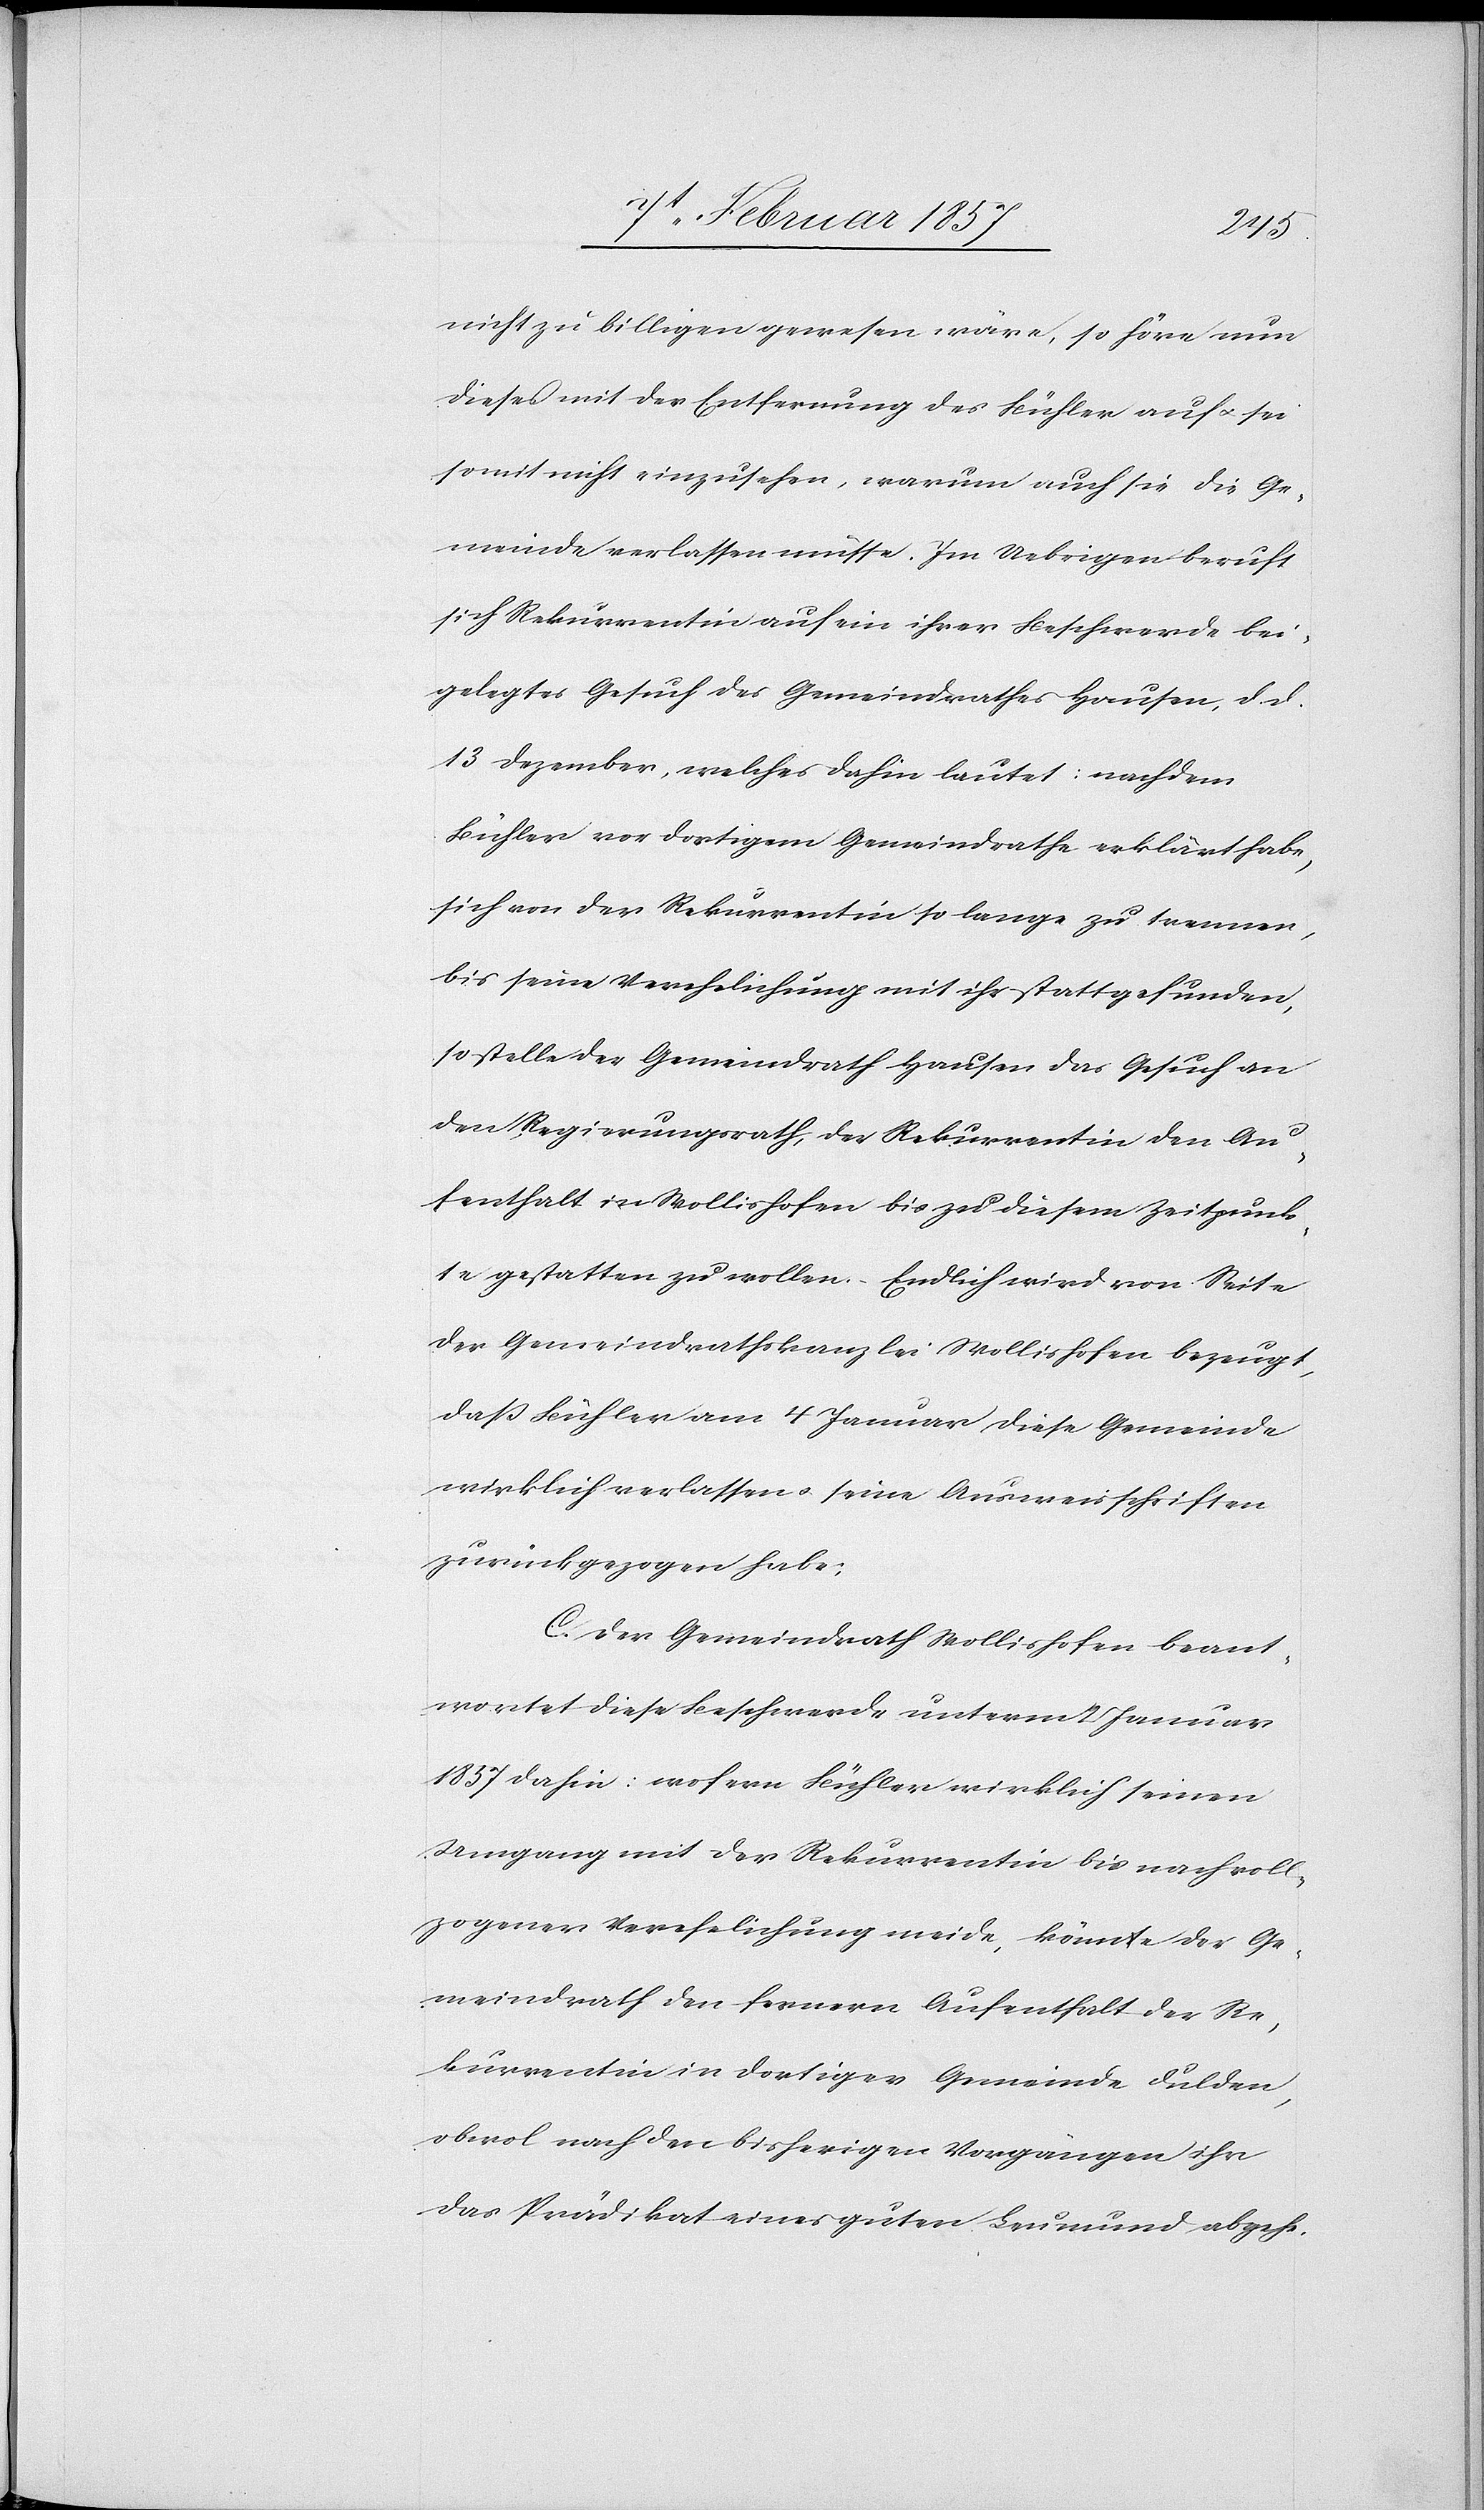
nicht zu billigen gewesen wäre, so höre nun
dieses mit der Entfernung des Bühler auf u. sei
somit nicht einzusehen, warum auch sie die Ge¬
meinde verlassen müsse. Im Uebrigen beruft
sich Rekurrentin auf ein ihrer Beschwerde bei¬
gelegtes Gesuch des Gemeindrathes Hausen, d. d.
13 Dezember, welches dahin lautet: nachdem
Bühler vor dortigem Gemeindrathe erklärt habe,
sich von der Rekurrentin so lange zu trennen,
bis seine Verehelichung mit ihr stattgefunden,
so stelle der Gemeindrath Hausen das Gesuch an
den Regierungsrath, der Rekurrentin den Au¬
fenthalt in Wollishofen bis zu diesem Zeitpunk¬
te gestatten zu wollen. Endlich wird von Seite
der Gemeindrathskanzlei Wollishofen bezeugt,
daß Bühler am 4 Januar diese Gemeinde
wirklich verlassen u. seine Ausweisschriften
zurückgezogen habe:
C. Der Gemeindrath Wollishofen beant¬
wortet diese Beschwerde unterm 2 Januar
1857 dahin: wofern Bühler wirklich seinen
Umgang mit der Rekurrentin bis nach voll¬
zogener Verehelichung meide, könnte der Ge¬
meindrath den fernern Aufenthalt der Re¬
kurrentin in dortiger Gemeinde dulden,
obwol nach den bisherigen Vorgängen ihr
das Prädikat eines guten Leumund abgehe.